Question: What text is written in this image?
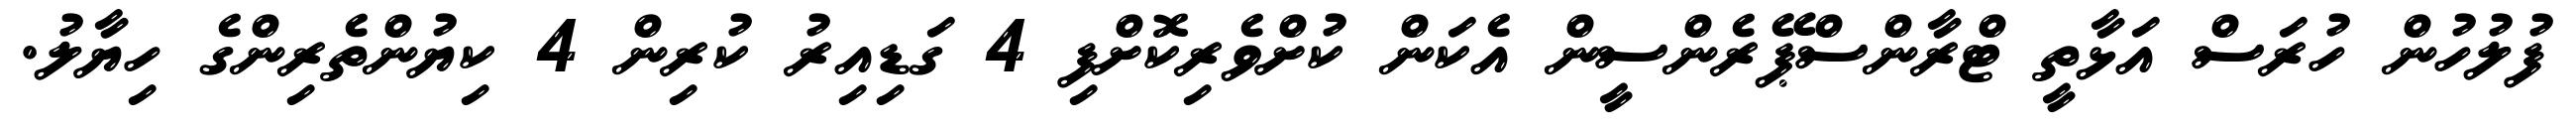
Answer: ފުލުހުން ހުރަސް އަޅާތީ ޓްރާންސްޕޭރެންސީން އެކަން ކުށްވެރިކޮށްފި 4 ގަޑިއިރު ކުރިން 4 ކިޔުންތެރިންގެ ހިޔާލު.